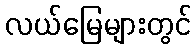
လယ်မြေများတွင်